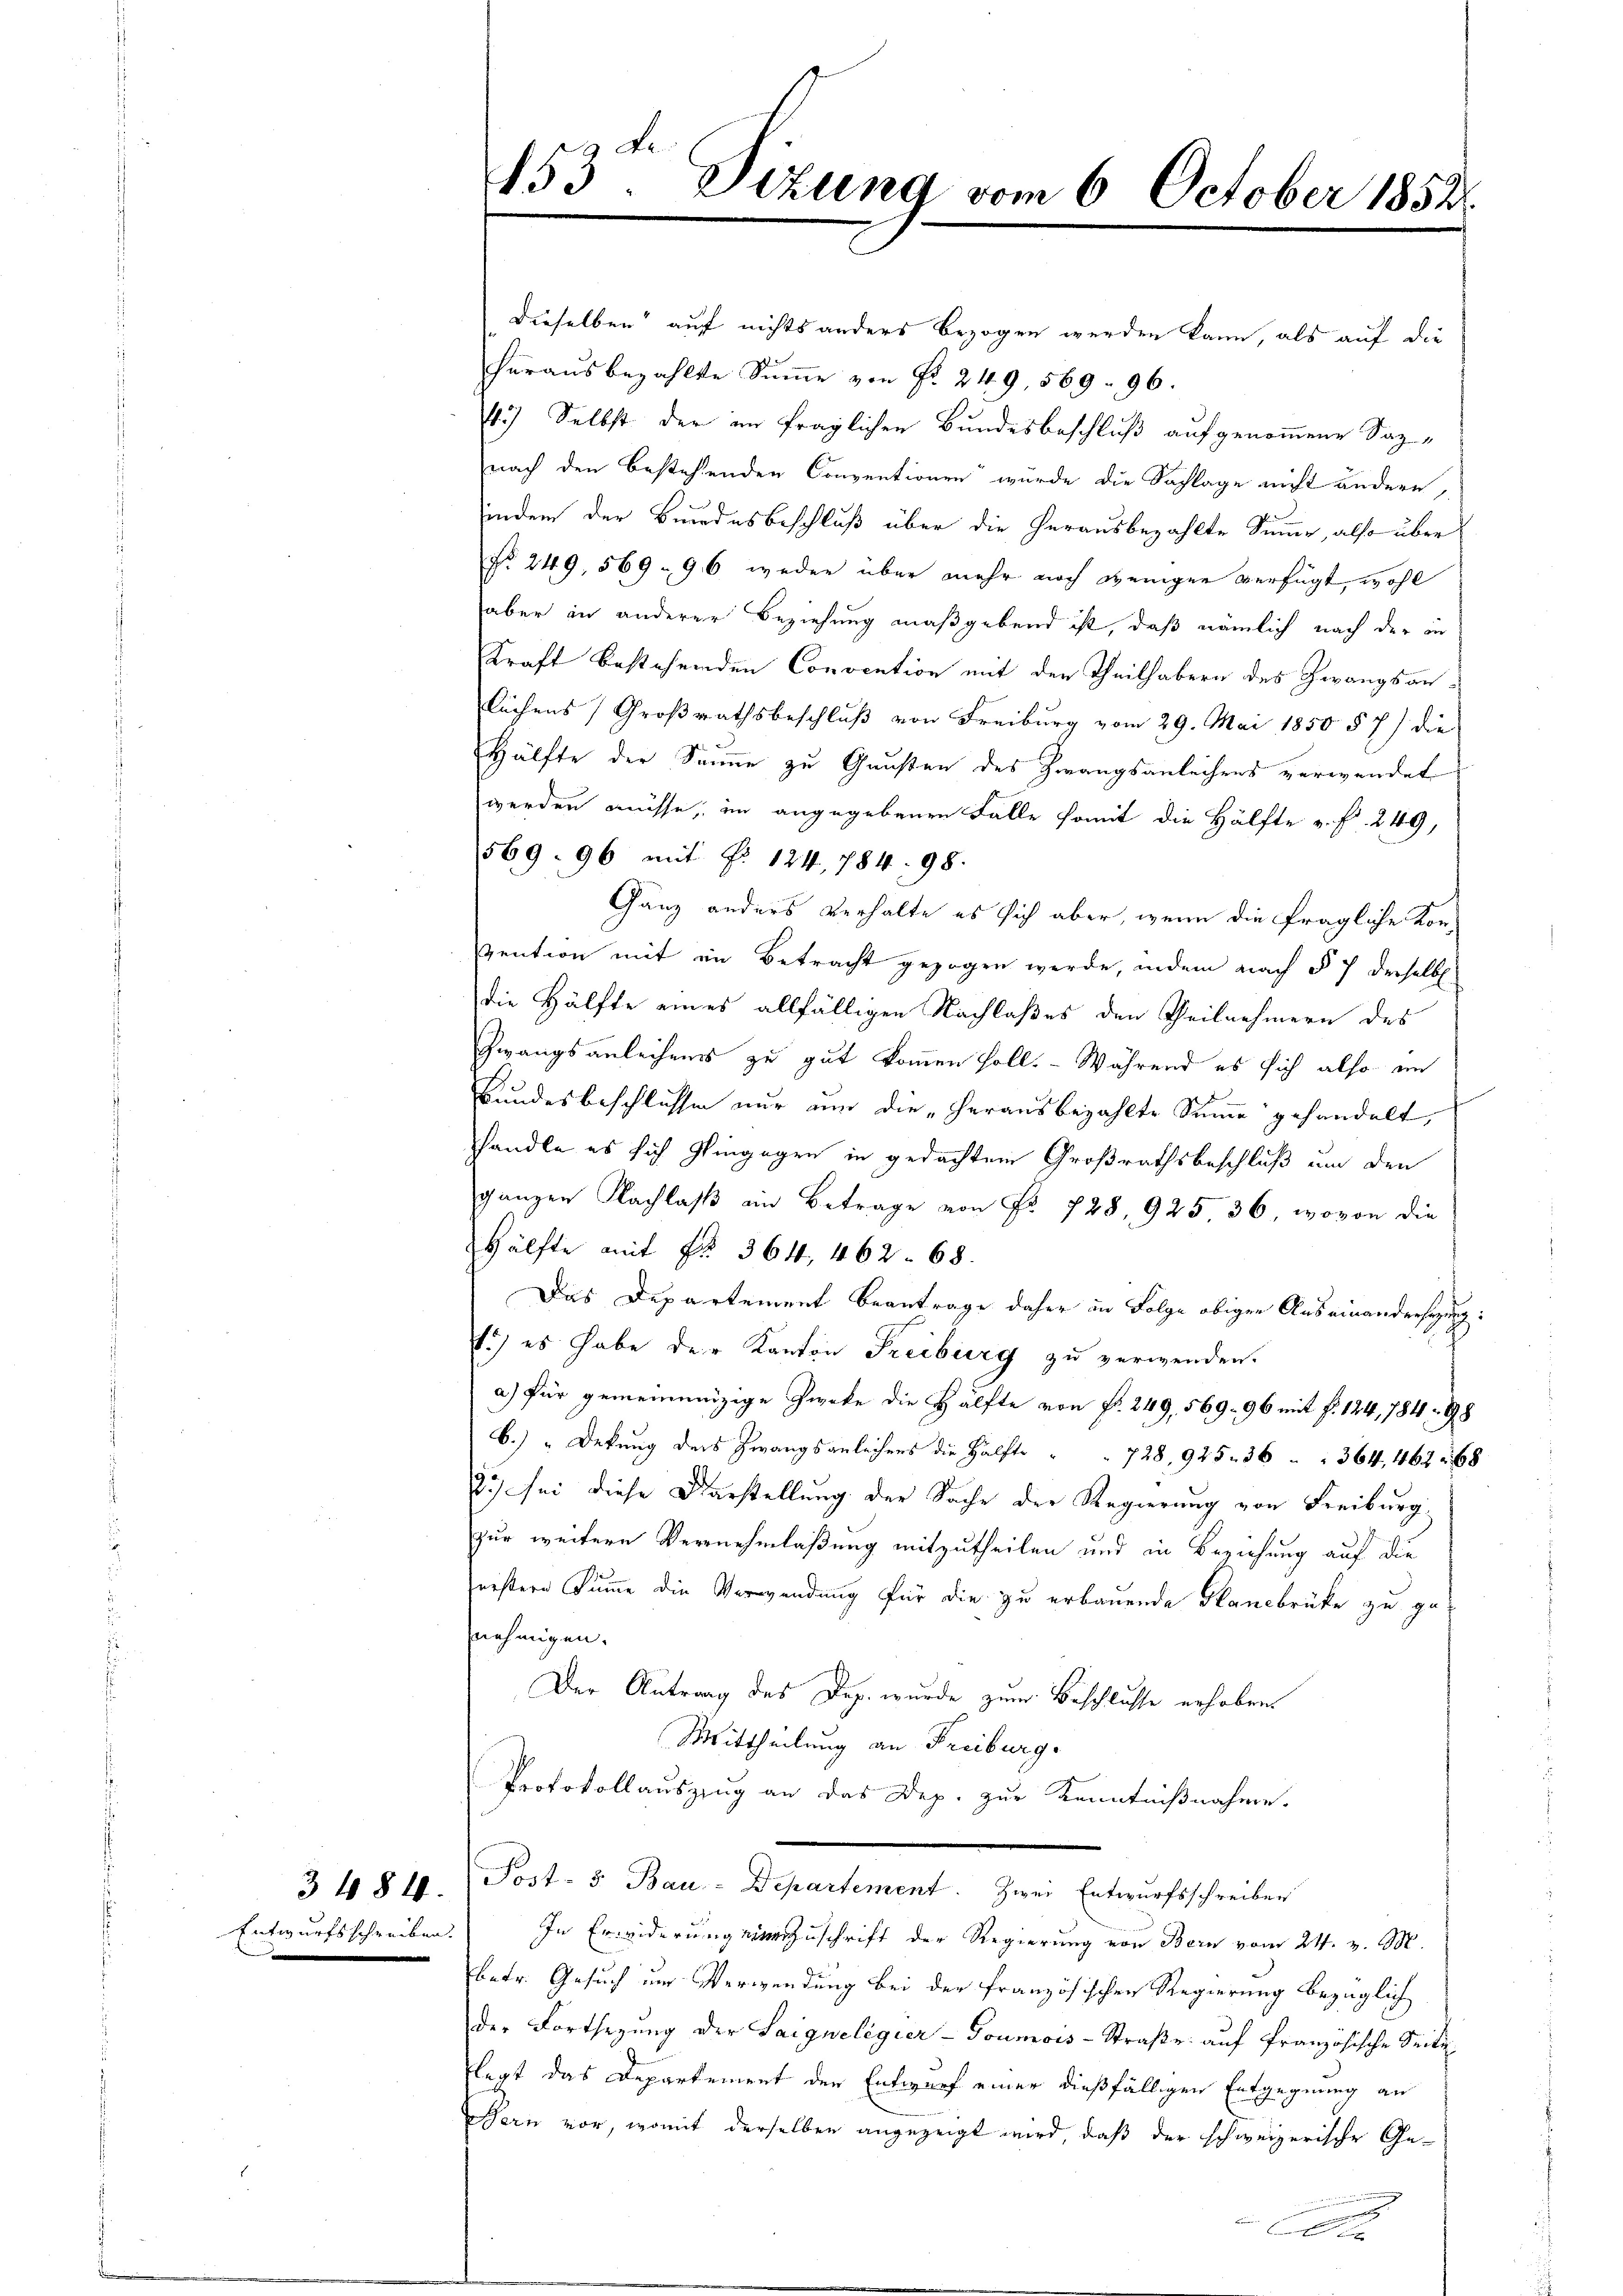
3484.

dieselben auf nichts anders bezogen werden kann, als auf die
herausbezahlte Summe von Fr. 249, 569. 96.
4.) Selbst der im fraglichen Bundesbeschluß aufgenommene Saznach den bestehenden Conventionen wurde die Sachlage nicht ändere,
indem der Bundesbeschluß über die herausbezahlte Summe, also über
No. 249, 569. 96 weder über mehr noch weniger verfügt, wohl
aber in anderer Beziehung maßgebend ist, daß nämlich nach der in
Kraft bestehenden Convention mit den Theilhabern des Zwangsanlächens Großrathsbeschluß von Freiburg vom 29. Mai 1850 § 7) die
Hälfte der Saume zu Gunsten des Zwangsanleihens verwendet
werden müsse, im angegebenen Falle somit die Hälfte u. f. 249,
569. 96 mit No. 124, 784. 98.
Ganz anders verhalte es sich aber, wenn die fragliche Konvention mit in Betracht gezogen werde, indem nach § 7 derselb
die Hälfte eines allfälligen Nachlaßes den Theilnehmern des
Zwangsanleihens zu gut kommen soll. - Während es sich also in
Bundesbeschlusse nur um die „herausbezahlte Summe gehandelt,
handle es sich gingegen in gedachtem Großrathsbeschluß um den
ganzen Nachlaβ ein Betrage von Fr. 728, 925 36, wovon die
Hälfte mit Fr. 364, 462. 68.
Das Departement Beantrage daher in Folge obigen Auseinandersezung
1) es habe der Kanton Freiburg zu verwenden.
a) für gemeinenzige Zwecke die Hälfte von Fr. 249, 569. 96 mit §. 124, 784 - 98
b.) "Dekung des Zwangsanleihens die Hälfte                . 728, 925. 36 " 364, 462 268
83) sei diese Darstellung der Sache der Regierung von Freiburg
zur weitere Vernehmlaßung mitzutheilen und in Beziehung auf die
erstere Summe die Verwendung für die zu erbauende Plancbrüke zu genehmigen.
Der Antrag des Dap. wurde zum Beschlusse erhoben
Mittheilung an Freiburg.
Protokollauszzug an das Dep. zur Kenntnißnahme.
Post- & Bau-Departement. Zwei Entwurfsschreiben
Entwurfsschreiben. In Erwiderung einer Zuschrift der Regierung von Bern vom 24. v. M.
betr. Gesuch um Verwendung bei der französischen Regierung bezüglich
der Fortsezung der Saigweligier - Goumois-Straße auf französische Seite
flegt das Departement der Entwurf einer dießfälligen Entgegnung an
Bern vor, womit derselben angezeigt wird, daß der schweizerische Ge¬

453. Sitzung vom 6. October 1852